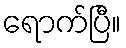
ရောက်ပြီ။